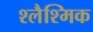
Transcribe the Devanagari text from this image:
श्लैश्मिक